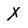
Character: X